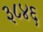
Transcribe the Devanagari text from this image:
३८४६